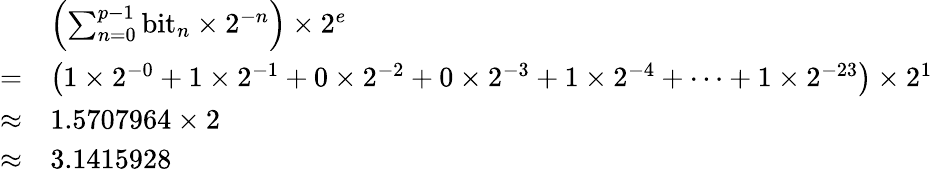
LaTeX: {\begin{array}{rl}&{\left(\sum_{n=0}^{p-1}{\mathrm{bit}}_{n}\times 2^{-n}\right)\times 2^{e}}\\ {=}&{\left(1\times 2^{-0}+1\times 2^{-1}+0\times 2^{-2}+0\times 2^{-3}+1\times 2^{-4}+\cdots+1\times 2^{-23}\right)\times 2^{1}}\\ {\approx}&{1.5707964\times 2}\\ {\approx}&{3.1415928}\end{array}}